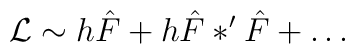
{\mathcal L} \sim h \hat{F} + h \hat{F} \ast' \hat{F} + \dots